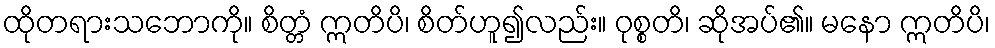
ထိုတရားသဘောကို။ စိတ္တံ ဣတိပိ၊ စိတ်ဟူ၍လည်း။ ဝုစ္စတိ၊ ဆိုအပ်၏။ မနော ဣတိပိ၊